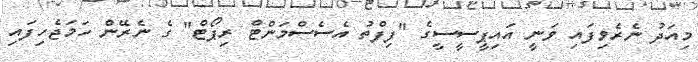
މިއަދު ނެރެވިފައި ވަނީ އައިޕީސީސީގެ "ފިފްތު އެސެސްމަންޓް ރިޕޯޓް" ގެ ނެރޭން ހަމަޖެހިފައި